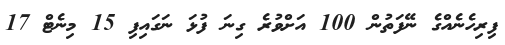
ފިރިހެނެއްގެ ނޭފަތުން 100 އަށްވުރެ ގިނަ ފުޅަ ނަގައިފި 15 މިނެޓް 17